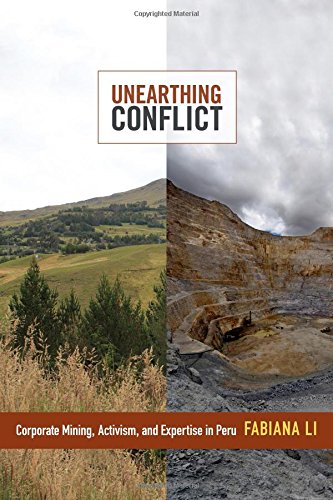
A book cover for Unearthing Conflict: Corporate Mining, Activism, and Expertise in Peru; Fabiana Li; Business & Money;